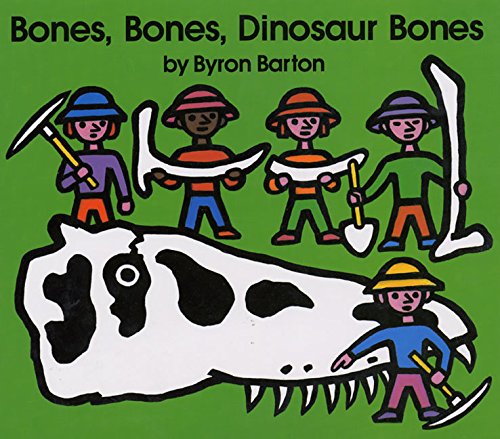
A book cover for Bones, Bones, Dinosaur Bones; Byron Barton; Children's Books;